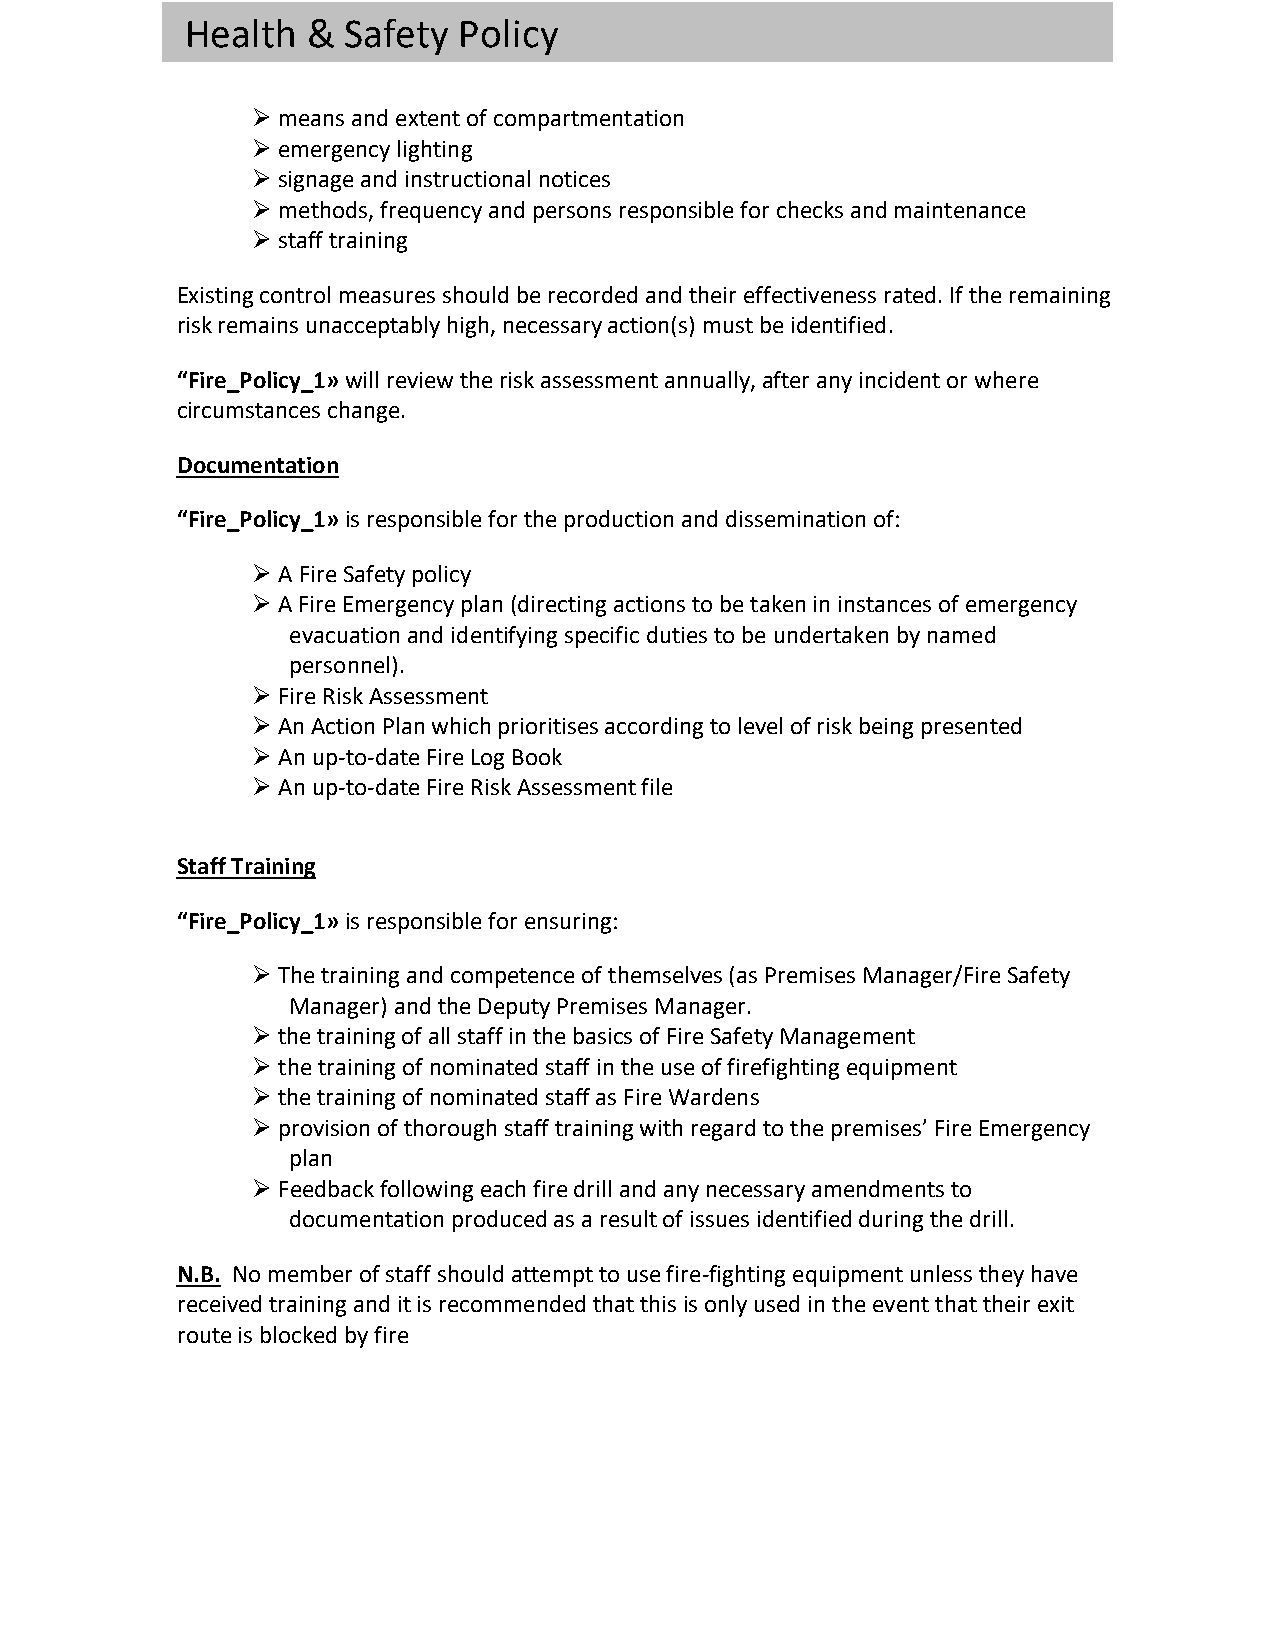
Health  &  Safety Policy
 Ø means and extent of compartmentation
 Ø emergency lighting
 Ø signage and instructional notices
 Ø methods, frequency and persons responsible for checks and maintenance
 Ø staff training
 Existing control measures should be recorded and their effectiveness rated. If the remaining
 risk remains unacceptably high, necessary action(s) must be identified.
 “Fire_Policy_1» will review the risk assessment annually, after any incident or where
 circumstances change.
 Documentation
 “Fire_Policy_1» is responsible for the production and dissemination of:
 Ø A Fire Safety policy
 Ø A Fire Emergency plan (directing actions to be taken in instances of emergency
 evacuation and identifying specific duties to be undertaken by named
 personnel).
 Ø Fire Risk Assessment
 Ø An Action Plan which prioritises according to level of risk being presented
 Ø An up-to-date Fire Log Book
 Ø An up-to-date Fire Risk Assessment file
 Staff Training
 “Fire_Policy_1» is responsible for ensuring:
 Ø The training and competence of themselves (as Premises Manager/Fire Safety
 Manager) and the Deputy Premises Manager.
 Ø the training of all staff in the basics of Fire Safety Management
 Ø the training of nominated staff in the use of firefighting equipment
 Ø the training of nominated staff as Fire Wardens
 Ø provision of thorough staff training with regard to the premises’ Fire Emergency
 plan
 Ø Feedback following each fire drill and any necessary amendments to
 documentation produced as a result of issues identified during the drill.
 N.B. No member of staff should attempt to use fire-fighting equipment unless they have
 received training and it is recommended that this is only used in the event that their exit
 route is blocked by fire